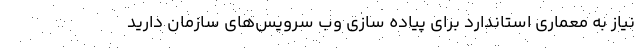
نیاز به معماری استاندارد برای پیاده سازی وب سرویس‌های سازمان دارید